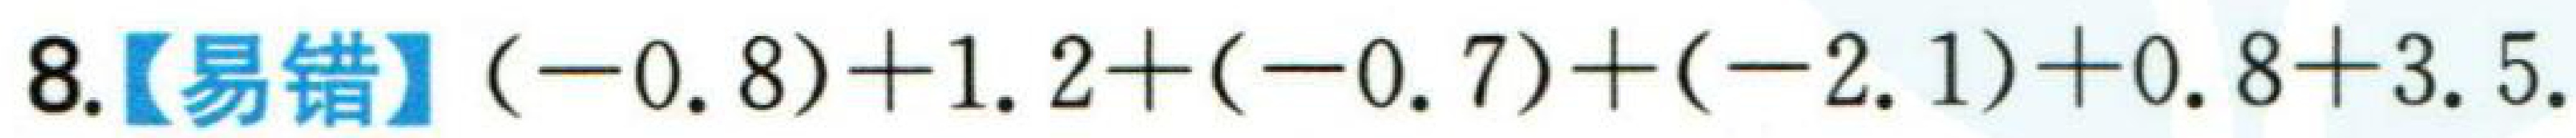
$8.【易错】(-0.8)+1.2+(-0.7)+(-2.1)+0.8 + 3.5$